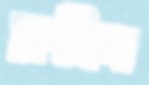
রুখিস